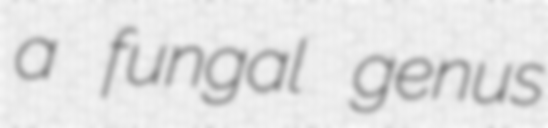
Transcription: a fungal genus